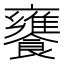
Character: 饔